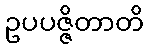
ဥပပဇ္ဇိတာတိ